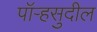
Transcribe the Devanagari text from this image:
पॉर्‍हसुदील